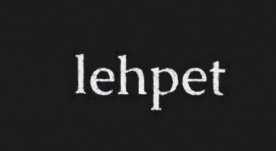
lehpet